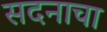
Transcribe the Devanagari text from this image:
सदनाचा